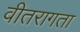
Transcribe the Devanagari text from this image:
वीतरागता